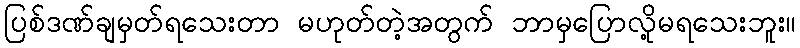
ပြစ်ဒဏ်ချမှတ်ရသေးတာ မဟုတ်တဲ့အတွက် ဘာမှပြောလို့မရသေးဘူး။